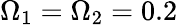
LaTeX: \Omega_{1}=\Omega_{2}=0.2